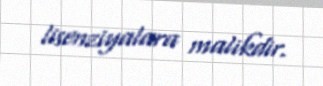
lisenziyalara malikdir.